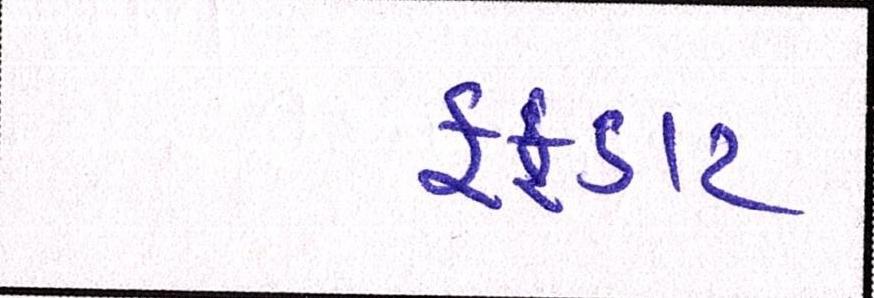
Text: ફફડાટ